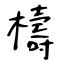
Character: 檮